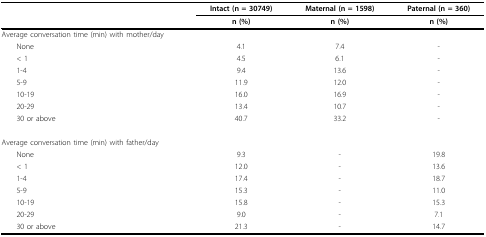
|  | Intact (n = 30749) | Maternal (n = 1598) | Paternal (n = 360) |
 |  | n (%) | n (%) | n (%) |
 | --- | --- | --- | --- |
 | Average conversation time (min) with mother/day |  |  |  |
 | None | 4.1 | 7.4 | - |
 | < 1 | 4.5 | 6.1 | - |
 | 1-4 | 9.4 | 13.6 | - |
 | 5-9 | 11.9 | 12.0 | - |
 | 10-19 | 16.0 | 16.9 | - |
 | 20-29 | 13.4 | 10.7 | - |
 | 30 or above | 40.7 | 33.2 | - |
 | Average conversation time (min) with father/day |  |  |  |
 | None | 9.3 | - | 19.8 |
 | < 1 | 12.0 | - | 13.6 |
 | 1-4 | 17.4 | - | 18.7 |
 | 5-9 | 15.3 | - | 11.0 |
 | 10-19 | 15.8 | - | 15.3 |
 | 20-29 | 9.0 | - | 7.1 |
 | 30 or above | 21.3 | - | 14.7 |